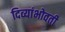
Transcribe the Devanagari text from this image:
दिव्यांभोवती